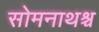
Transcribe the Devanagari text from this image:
सोमनाथश्च